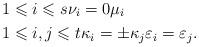
LaTeX: \begin{align*} & 1\leqslant i\leqslant s\nu_{i}=0\mu_{i}\\ & 1\leqslant i,j\leqslant t\kappa_{i}=\pm\kappa_{j}\varepsilon_{i}=\varepsilon_{j}.\end{align*}